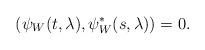
LaTeX: \begin{align*}\left(\psi_W(t,\lambda),\psi_W^*(s,\lambda)\right)=0.\end{align*}